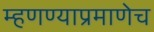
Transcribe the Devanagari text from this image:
म्हणण्याप्रमाणेच